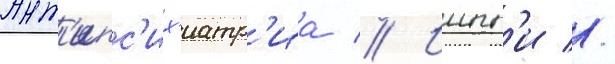
Ант'ипс'их'иатр'иа // Иипп'и //